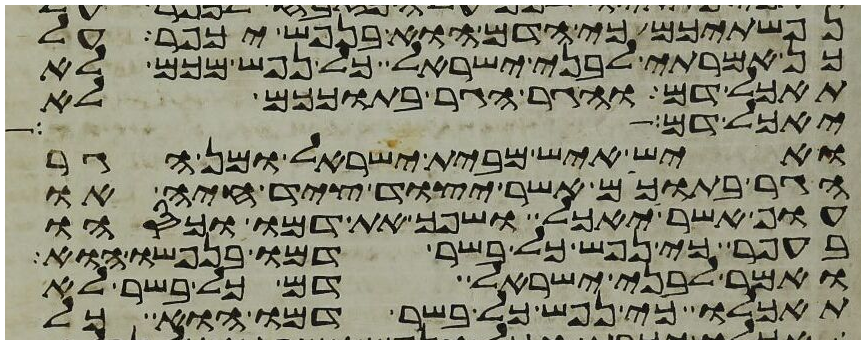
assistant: נפשתיכם כי הדם הוא בנפש יכפר על
כן אמרתי לבני ישראל כל נפש מכם לא
תאכל דם והגר הגר בתוככם לא
יאכל דם
ואיש איש מבית ישראל ומן הגר
הגר בתוככם אשר יצוד ציד חיה או
עוף אשר יאכל ושפך את דמו וכסהו
בעפר כי נפש כל בשר דמו בנפשו הוא
ואמר לבני ישראל דם כל בשר לא
תאכלו כי נפש כל בשר דמו הוא כל